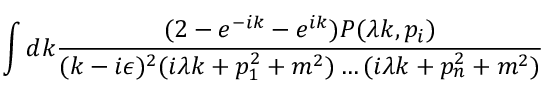
\int d k \frac { ( 2 - e ^ { - i k } - e ^ { i k } ) P ( \lambda k , p _ { i } ) } { ( k - i \epsilon ) ^ { 2 } ( i \lambda k + p _ { 1 } ^ { 2 } + m ^ { 2 } ) \ldots ( i \lambda k + p _ { n } ^ { 2 } + m ^ { 2 } ) }